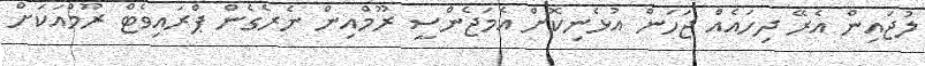
ލުޖައިން އެރޭ ދިހައެއް ޖަހަން އުޅެނިކޮށް އެމަޖެންސީ ރޫމްއިން ނެރެގެން ޕްރައިވެޓް ރޫމްއަކަށް